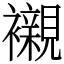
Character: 襯